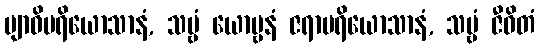
ဗျာဓိပရိယောသာနံ, သဗ္ဗံ ယောဗ္ဗနံ ဇရာပရိယောသာနံ, သဗ္ဗံ ဇီဝိတံ